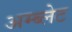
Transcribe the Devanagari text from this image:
अम्ब्लेट